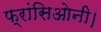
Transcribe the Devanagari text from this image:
फ्रांसिओनी।